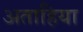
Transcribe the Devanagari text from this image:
अताहिया